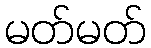
မတ်မတ်